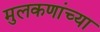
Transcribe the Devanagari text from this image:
मुलकणांच्या